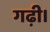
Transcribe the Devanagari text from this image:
गढ़ी।